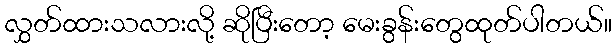
လွှတ်ထားသလားလို့ ဆိုပြီးတော့ မေးခွန်းတွေထုတ်ပါတယ်။